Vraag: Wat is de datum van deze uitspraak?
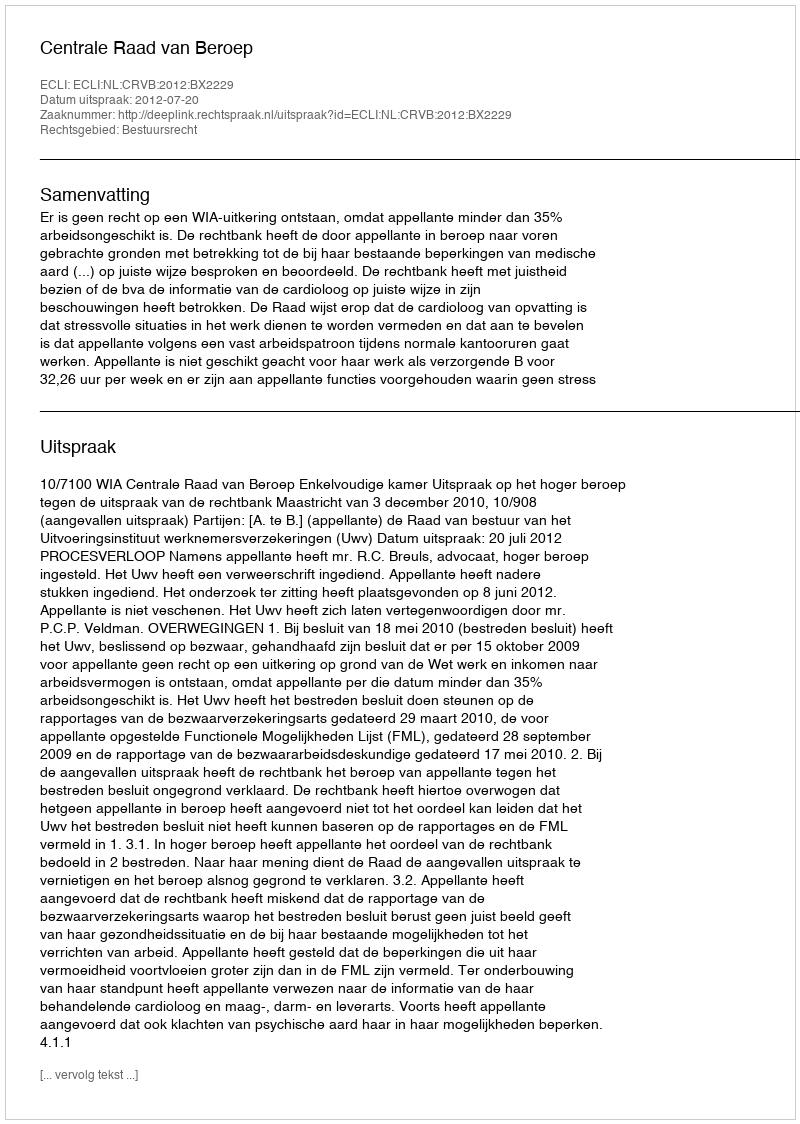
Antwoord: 2012-07-20